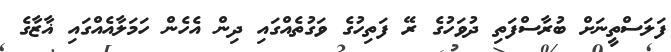
ފަލަސްތީނަށް ބުރާސްފަތި ދުވަހުގެ ރޭ ފަތިހުގެ ވަގުތެއްގައި ދިން އެހެން ހަމަލާއެއްގައި ޣާޒާގެ